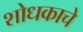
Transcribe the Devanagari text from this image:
शोधकाचे